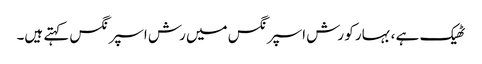
ٹھیک ہے ، بہار کو رش اسپرنگس میں رش اسپرنگس کہتے ہیں۔